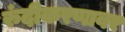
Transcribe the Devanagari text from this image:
रुंदीकरणावर